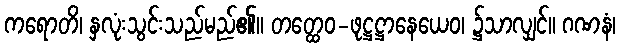
ကရောတိ၊ နှလုံးသွင်းသည်မည်၏။ တတ္ထေဝ-ဖုဋ္ဌဋ္ဌာနေယေဝ၊ ၌သာလျှင်။ ဂဏနံ၊